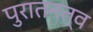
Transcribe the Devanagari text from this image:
पुरातनत्व